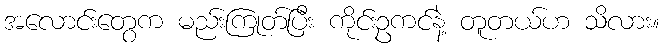
အလောင်းတွေက မည်းကြုတ်ပြီး ကိုင်းဥကင်နဲ့ တူတယ်ဟ သိလား။